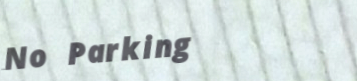
No Parking